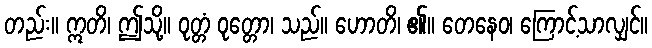
တည်း။ ဣတိ၊ ဤသို့။ ဝုတ္တံ ဝုတ္တော၊ သည်။ ဟောတိ၊ ၏။ တေနေဝ၊ ကြောင့်သာလျှင်။